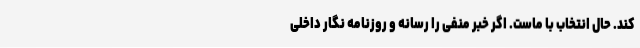
کند. حال انتخاب با ماست. اگر خبر منفی را رسانه و روزنامه نگار داخلی